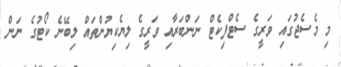
މި މެސެޖުގައި ވަރީގެ ސެޓްފިކެޓް ނަންބަރާއި ވަރީގެ ލިޔެކިޔުންތައް ލިބޭނެ ކޯޓުގެ ނަން